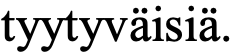
tyytyväisiä.